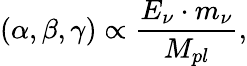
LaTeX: (\alpha,\beta,\gamma)\propto{\frac{E_{\nu}\cdot m_{\nu}}{M_{pl}}},